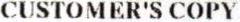
CUSTOMER'S COPY